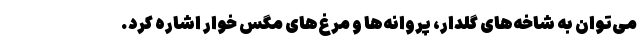
می‌توان به شاخه‌های گلدار، پروانه‌ها و مرغ‌های مگس خوار اشاره کرد.